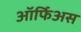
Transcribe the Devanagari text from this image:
ऑर्फिअस